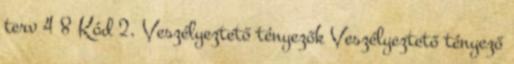
terv 4 8 Kód 2. Veszélyeztető tényezők Veszélyeztető tényező